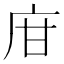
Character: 𢇾